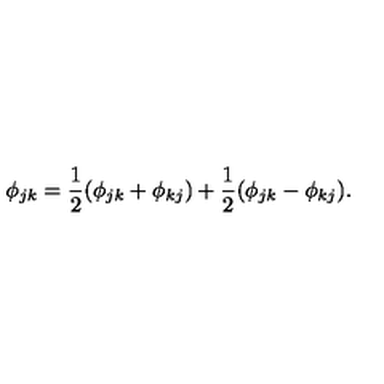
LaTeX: \phi _ { j k } = { \frac { 1 } { 2 } } ( \phi _ { j k } + \phi _ { k j } ) + { \frac { 1 } { 2 } } ( \phi _ { j k } - \phi _ { k j } ) .